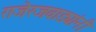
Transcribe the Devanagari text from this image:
राजेरजवाड्यांनी